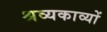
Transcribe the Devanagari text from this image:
श्रव्यकाव्यों